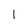
Character: l